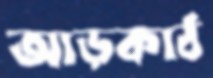
আড়কাঠ